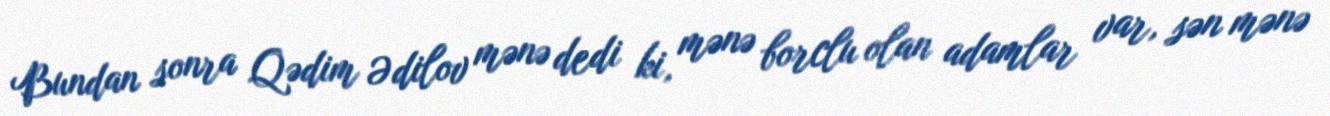
Bundan sonra Qədim Ədilov mənə dedi ki, mənə borclu olan adamlar var, sən mənə